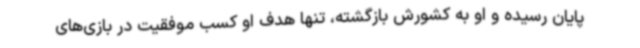
پایان رسیده و او به کشورش بازگشته، تنها هدف او کسب موفقیت در بازی‌های